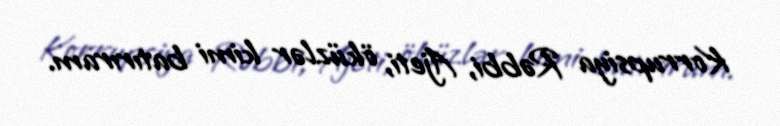
Korrupsiya Rəbbi, Ajeti, öküzlər kimi batırıram.